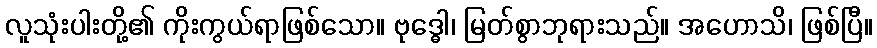
လူသုံးပါးတို့၏ ကိုးကွယ်ရာဖြစ်သော။ ဗုဒ္ဓေါ၊ မြတ်စွာဘုရားသည်။ အဟောသိ၊ ဖြစ်ပြီ။